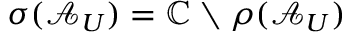
\sigma ( \mathcal { A } _ { U } ) = \mathbb { C } \setminus \rho ( \mathcal { A } _ { U } )